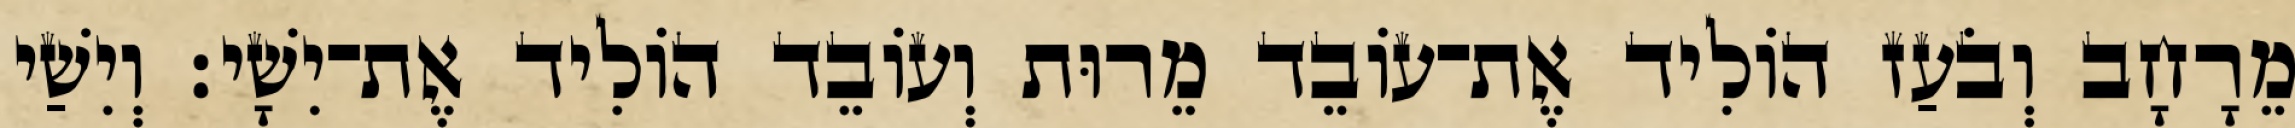
מֵרָחָב וְבֹעַז הוֹלִיד אֶת־עוֹבֵד מֵרוּת וְעוֹבֵד הוֹלִיד אֶת־יִשָׁי׃ וְיִשַׁי